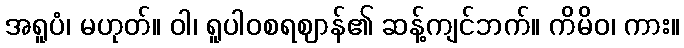
အရူပံ၊ မဟုတ်။ ဝါ၊ ရူပါဝစရဈာန်၏ ဆန့်ကျင်ဘက်။ ကိမိဝ၊ ကား။